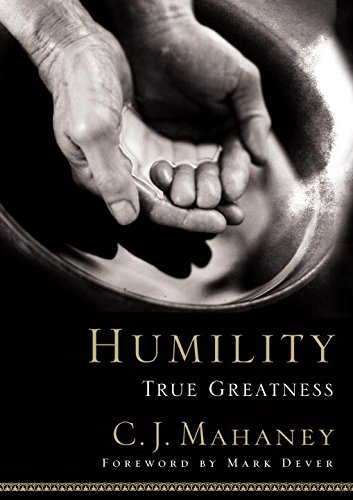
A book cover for Humility: True Greatness; C. J. Mahaney; Politics & Social Sciences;